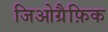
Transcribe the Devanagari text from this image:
जिओग्रैफ़िक